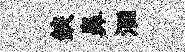
鋏鼻洄